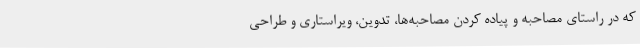
که در راستای مصاحبه و پیاده کردن مصاحبه‌ها، تدوین، ویراستاری و طراحی